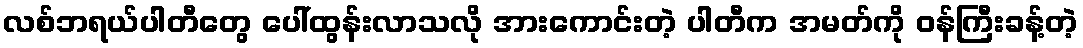
လစ်ဘရယ်ပါတီတွေ ပေါ်ထွန်းလာသလို အားကောင်းတဲ့ ပါတီက အမတ်ကို ဝန်ကြီးခန့်တဲ့